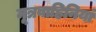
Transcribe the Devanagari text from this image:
मूत्रवाहिनियां